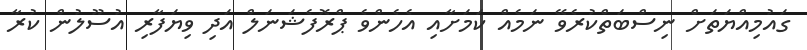
ގައުމިއްޔަތަށް ނިސްބަތްކުރެވޭ ނަމެއް ކަމަށާއި އެހެންވެ ޕްރޮފެޝަނަލް އަދި ވިޔަފާރި އުސޫލުން ކުރާ